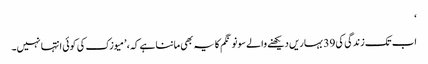
‘
اب تک زندگی کی 39 بہاریں دیکھنے والے سونو نگم کا یہ بھی ماننا ہے کہ، ’میوزک کی کوئی انتہا نہیں۔